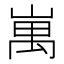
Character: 𡺥